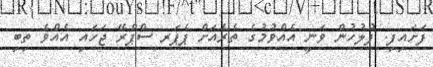
ފަށައިފި. ފުލުހުން ވަނީ އެއްވުމުގެ ތެރެއަށް ޕެޕަރ ސްޕްރޭ ޖަހައި އެއްވެ ތިބި